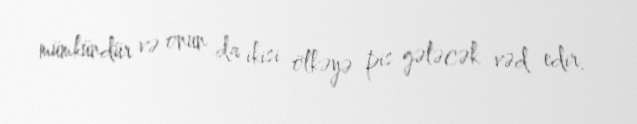
mümkündür və onun da ikisi ölkəyə pis gələcək vəd edir.